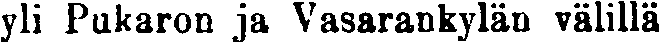
yli Pukaron ja Vasarankylän välillä